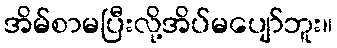
အိမ်စာမပြီးလို့အိပ်မပျော်ဘူး။